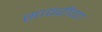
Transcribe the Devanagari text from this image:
सावरीया